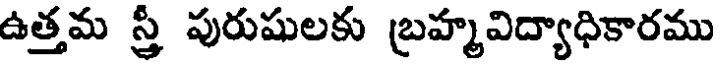
ఉత్తమ స్త్రీ పురుషులకు బ్రహ్మవిద్యాధికారము